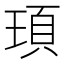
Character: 頊